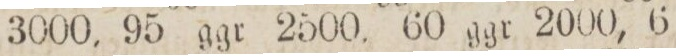
3000, 95 ggr 2500, 60 ggr 2000, 6